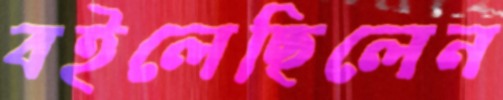
বইলেছিলেন